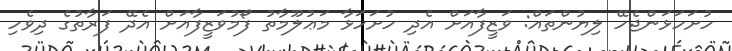
ހުށަހަޅަންޖެހޭ ލިޔުންތައް: ވަޒީފާއަށް އެދި ހުށަހަޅާ މަޢުލޫމާތު ފޯމުވަޒީފާއަށް އެދޭ ފަރާތުގެ ދިވެހި